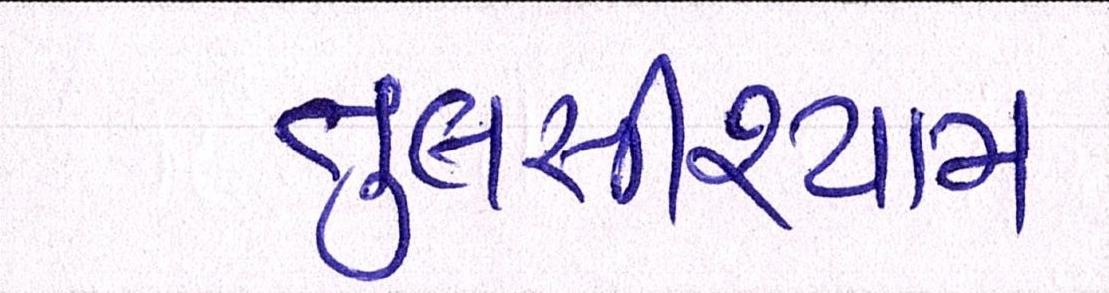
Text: તુલસીશ્યામ